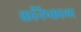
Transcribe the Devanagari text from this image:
कनिष्काला